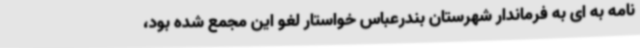
نامه به ای به فرماندار شهرستان بندرعباس خواستار لغو این مجمع شده بود،